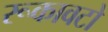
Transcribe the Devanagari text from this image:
रूकावटो